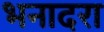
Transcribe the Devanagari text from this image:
भनादरा